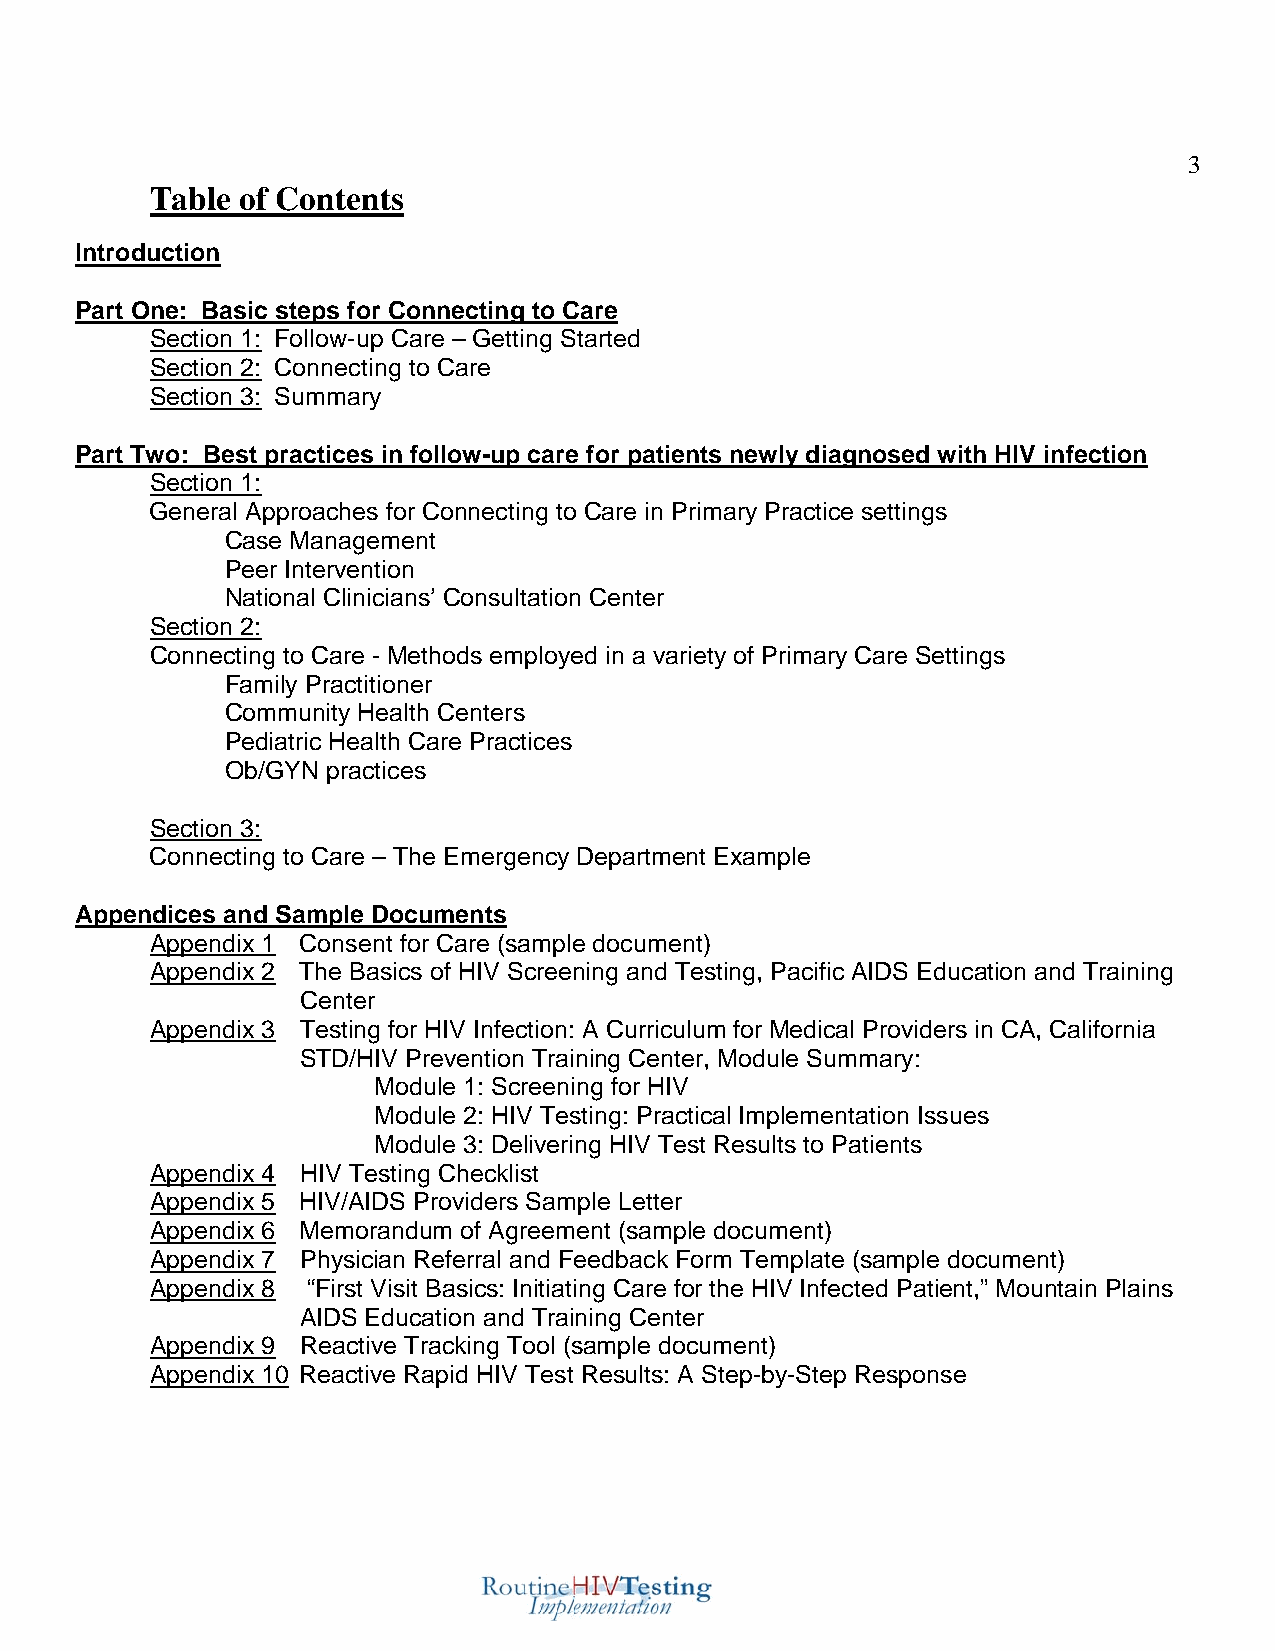
3
 Table of Contents
 Introduction
 Part One: Basic steps for Connecting to Care
 Section 1: Follow-up Care – Getting Started
 Section 2: Connecting to Care
 Section 3: Summary
 Part Two: Best practices in follow-up care for patients newly diagnosed with HIV infection
 Section 1:
 General Approaches for Connecting to Care in Primary Practice settings
 Case Management
 Peer Intervention
 National Clinicians’ Consultation Center
 Section 2:
 Connecting to Care - Methods employed in a variety of Primary Care Settings
 Family Practitioner
 Community Health Centers
 Pediatric Health Care Practices
 Ob/GYN practices
 Section 3:
 Connecting to Care – The Emergency Department Example
 Appendices and Sample Documents
 Appendix 1 Consent for Care (sample document)
 Appendix 2 The Basics of HIV Screening and Testing, Pacific AIDS Education and Training
 Center
 Appendix 3 Testing for HIV Infection: A Curriculum for Medical Providers in CA, California
 STD/HIV Prevention Training Center, Module Summary:
 Module 1: Screening for HIV
 Module 2: HIV Testing: Practical Implementation Issues
 Module 3: Delivering HIV Test Results to Patients
 Appendix 4 HIV Testing Checklist
 Appendix 5 HIV/AIDS Providers Sample Letter
 Appendix 6 Memorandum of Agreement (sample document)
 Appendix 7 Physician Referral and Feedback Form Template (sample document)
 Appendix 8 “First Visit Basics: Initiating Care for the HIV Infected Patient,” Mountain Plains
 AIDS Education and Training Center
 Appendix 9 Reactive Tracking Tool (sample document)
 Appendix 10 Reactive Rapid HIV Test Results: A Step-by-Step Response